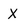
Character: X